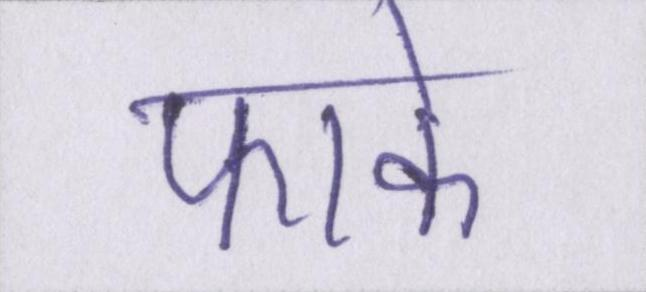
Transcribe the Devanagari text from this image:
फाके